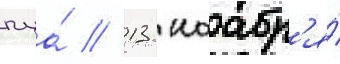
пца́ // 13 ноабр'я́